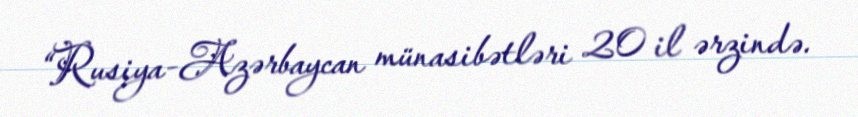
“Rusiya-Azərbaycan münasibətləri 20 il ərzində.